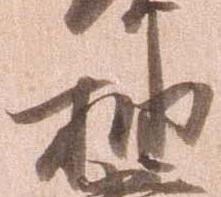
抽